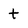
Character: t